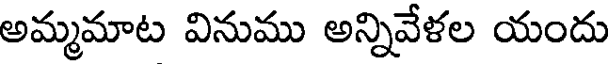
అమ్మమాట వినుము అన్నివేళల యందు